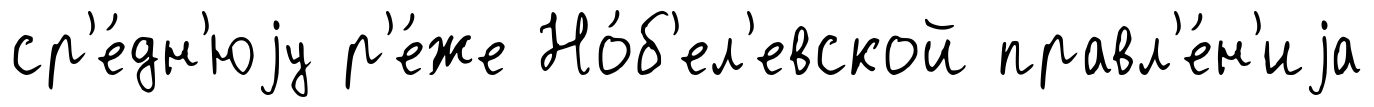
ср'е́дн'юjу р'е́же Но́б'ел'евской правл'е́н'иjа